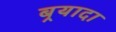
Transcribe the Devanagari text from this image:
बर्‍यादा